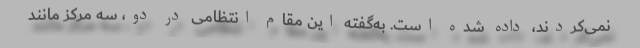
نمی‌کردند، داده شده است. به‌گفته این مقام انتظامی در دو، سه مرکز مانند